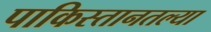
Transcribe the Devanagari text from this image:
पाकिस्तानतल्या